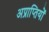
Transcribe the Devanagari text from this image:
अप्राप्तियों